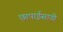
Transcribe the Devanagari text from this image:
छापाईसाठी